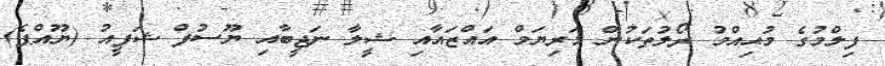
ފިލްމުގެ މުޙިއްމު ރޯލުތަކުން މަރިޔަމް އައްޒައާއި ޝީލާ ނަޖީބާއި ޔޫސުފް ޝަފީއު (ޔޫއްޕެ)